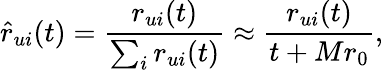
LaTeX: \hat{r}_{ui}(t)=\frac{r_{ui}(t)}{\sum_{i}r_{ui}(t)}\approx\frac{r_{ui}(t)}{t+Mr_{0}},